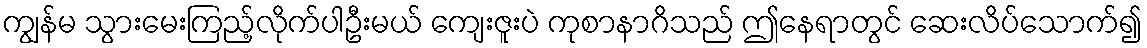
ကျွန်မ သွားမေးကြည့်လိုက်ပါဦးမယ် ကျေးဇူးပဲ ကုစာနာဂိသည် ဤနေရာတွင် ဆေးလိပ်သောက်၍